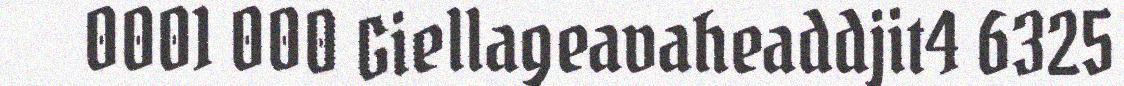
0001 000 Giellageavaheaddjit4 6325